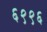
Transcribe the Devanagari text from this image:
६९९६